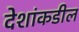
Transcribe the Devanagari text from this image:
देशांकडील